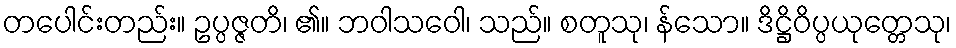
တပေါင်းတည်း။ ဥပ္ပဇ္ဇတိ၊ ၏။ ဘဝါသဝေါ၊ သည်။ စတူသု၊ န်သော။ ဒိဋ္ဌိဝိပ္ပယုတ္တေသု၊